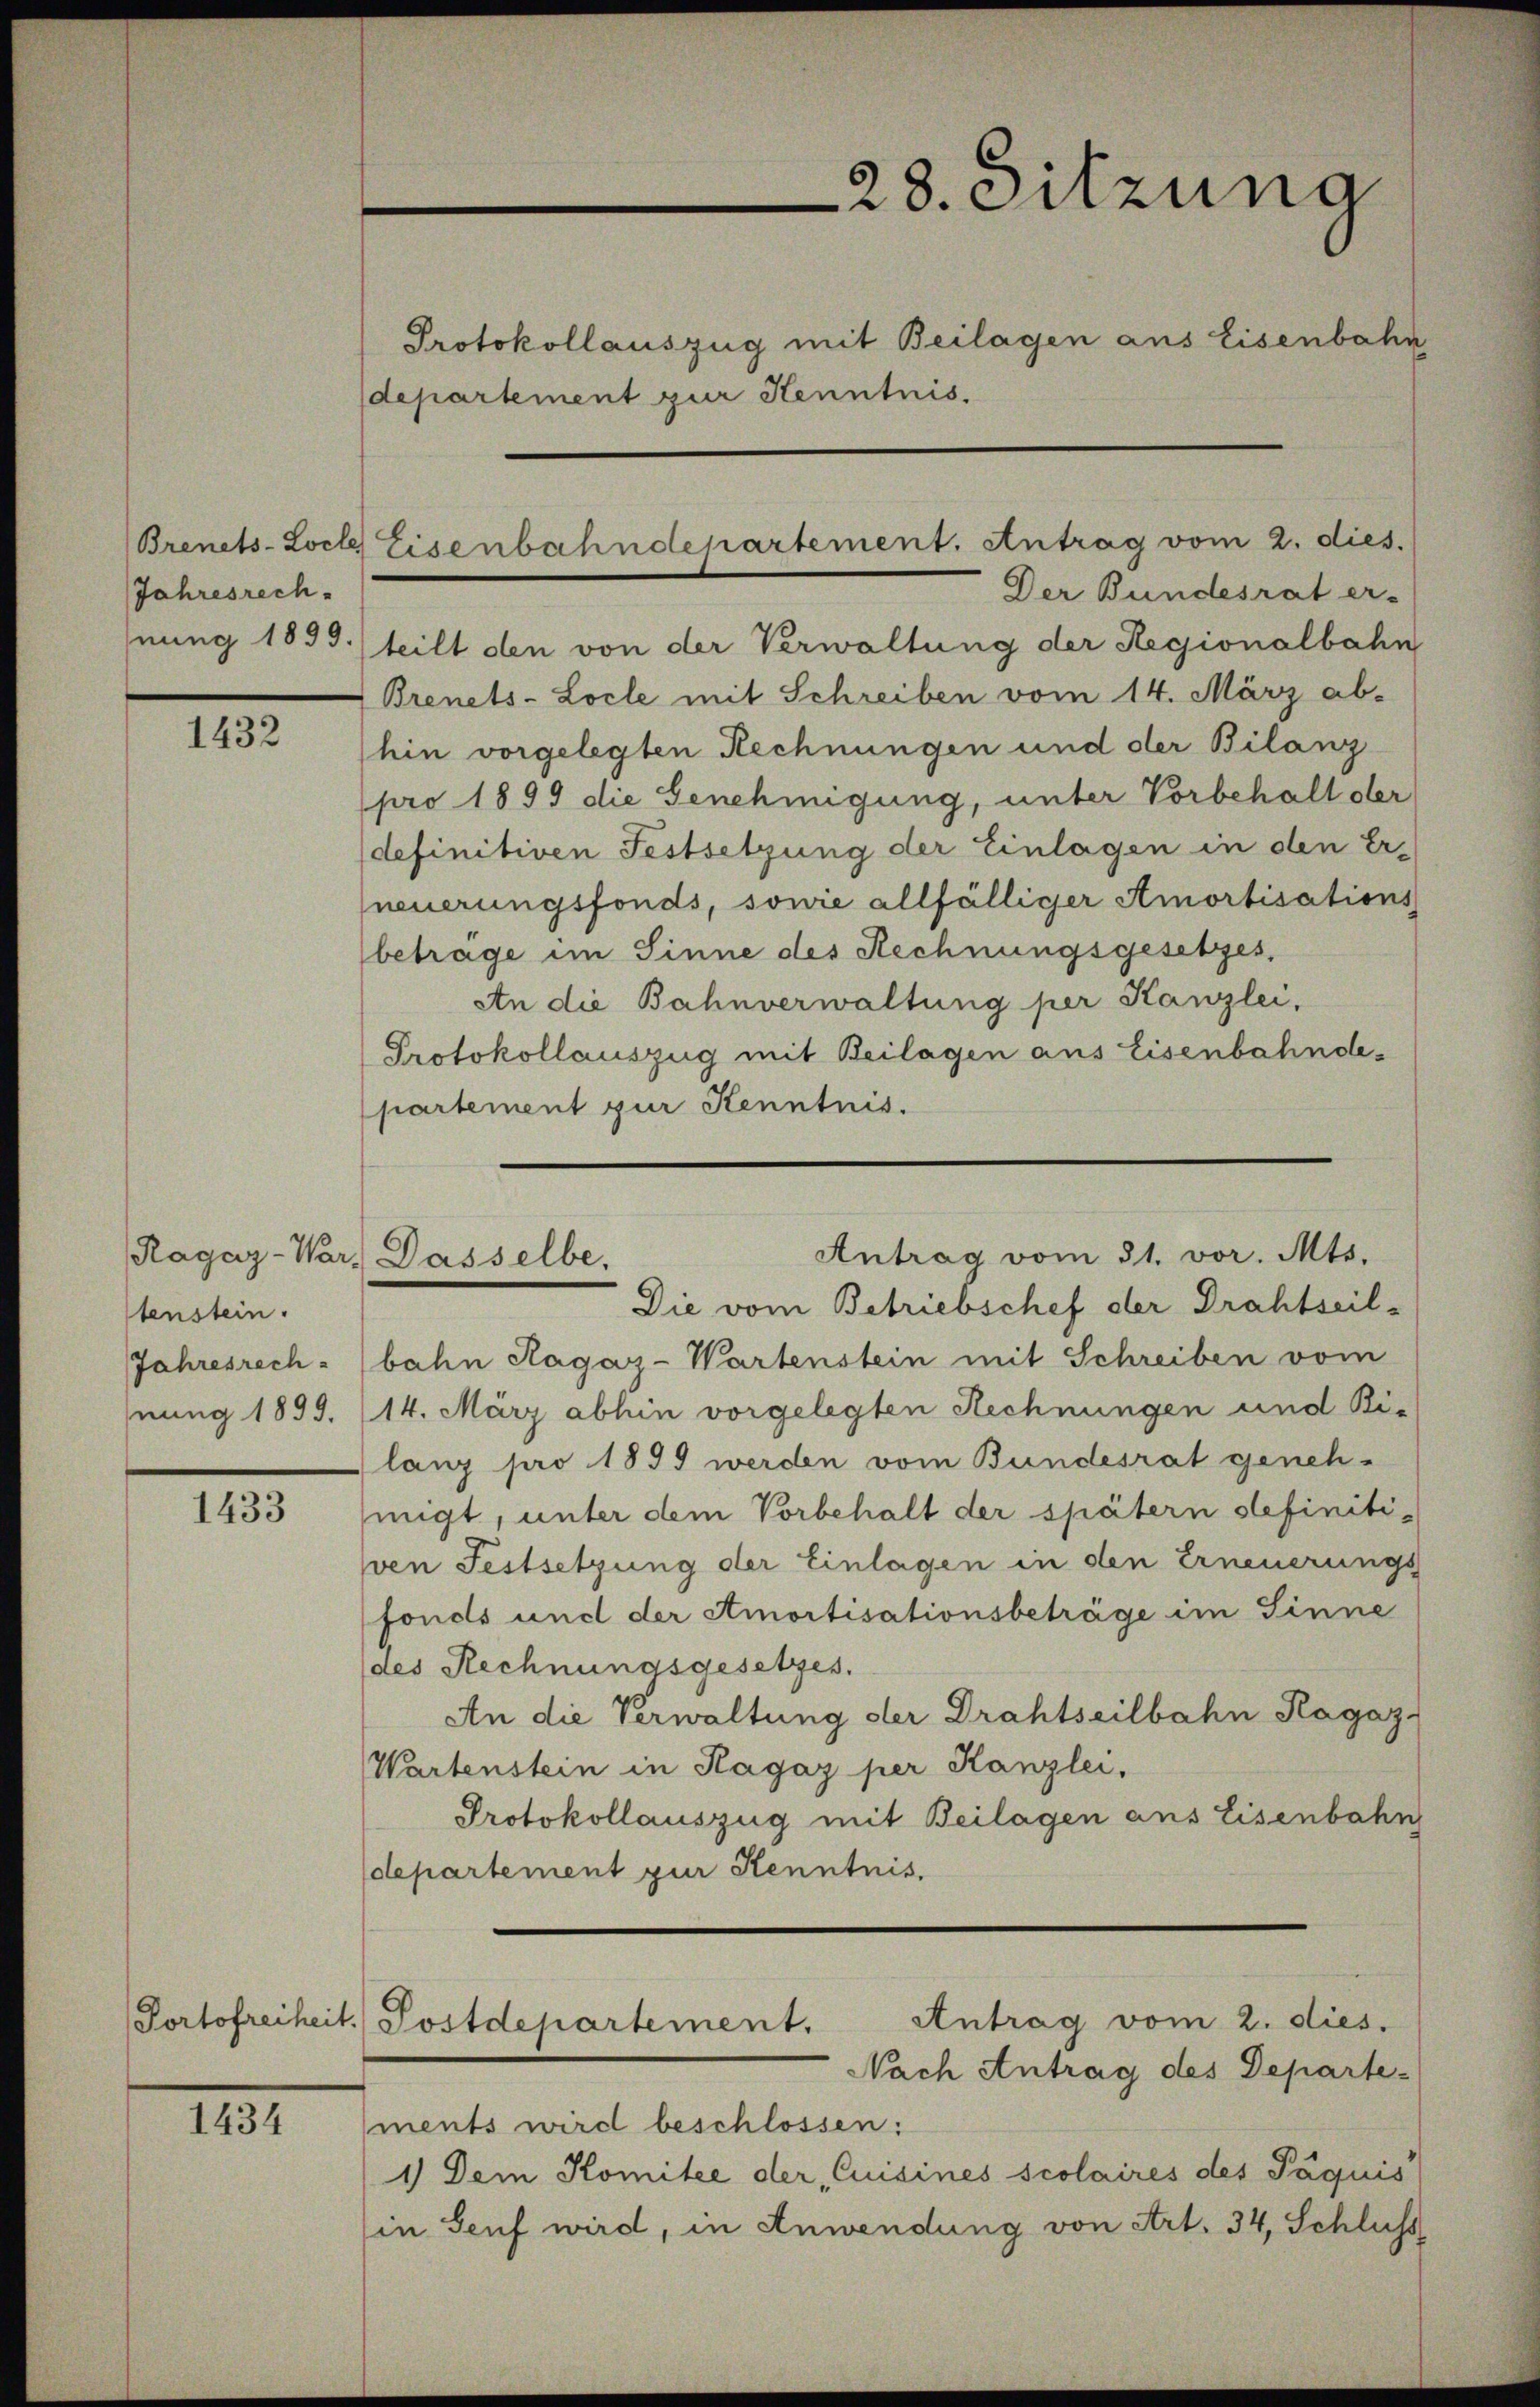
Brenets-Locle
Jahresrech

1432

Ragaz-War
tenstein.
Jahresrech
nung 1899.

1433

Portofreiheit.

1434

departement zur Kenntnis.

Der Bundesrat er-
hnung 1899. teilt den von der Verwaltung der Regionalbahn
Brenets-Locle mit Schreiben vom 14. März ab-
hin vorgelegten Rechnungen und der Bilanz
pro 1899 die Genehmigung, unter Vorbehalt der
definitiven Festsetzung der Einlagen in den Er-
neuerungsfonds, sowie allfälliger Amortisations
beträge im Sinne des Rechnungsgesetzes,
An die Bahnverwaltung per Kanzlei,
Protokollauszug mit Beilagen aus Eisenbahndepartement zur Kenntnis.

Eisenbahndepartement. Antrag vom 2. dies.

Antrag vom 31. vor. Mts.
Dasselbe,

28. Sitzung
Protokollauszug mit Beilagen aus Eisenbahn

Antrag vom 2. dies.
) Postdepartement.

Nach Antrag des Departe-
ments wird beschlossen:
1) Dem Komitee der Cuisines scolaires des Päquis
in Senf wird, in Anwendung von Art. 34, Schluss

Die vom Betriebschef der Drahtseil-
bahn Ragaz-Wartenstein mit Schreiben vom
14. März abhin vorgelegten Rechnungen und Bi-
lanz pro 1899 werden vom Bundesrat genehmigt, unter dem Vorbehalt der spätern definitiven Festsetzung der Einlagen in den Erneuerungs
fonds und der Amortisationsbeträge im Sinne
des Rechnungsgesetzes.
An die Verwaltung der Drahtseilbahn Ragaz
Wartenstein in Ragaz per Kanzlei,
Protokollauszug mit Beilagen aus Eisenbahn
departement zur Kenntnis.